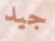
جيد